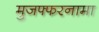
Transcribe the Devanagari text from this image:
मुजफ्फरनामा